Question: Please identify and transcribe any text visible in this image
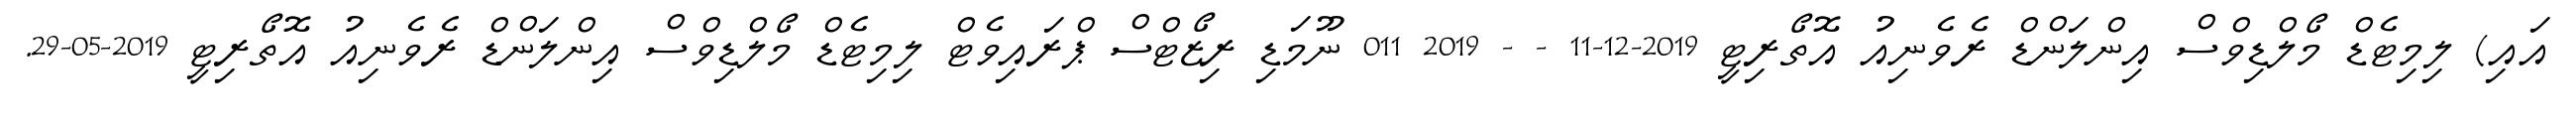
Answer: އައި) ލިމިޓެޑް މޯލްޑިވްސް އިންލަންޑް ރެވެނިއު އޮތޯރިޓީ 2019-12-11 - - 2019 011 ނޫމަޑި ރިޒޯޓްސް ޕްރައިވެޓް ލިމިޓެޑް މޯލްޑިވްސް އިންލަންޑް ރެވެނިއު އޮތޯރިޓީ 2019-05-29.